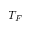
T _ { F }